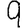
Digit: 9